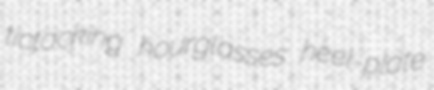
tictacking hourglasses heel-plate